Report on the lunatic asylums under the Government of Bombay - 1904-1913
Year: 1904
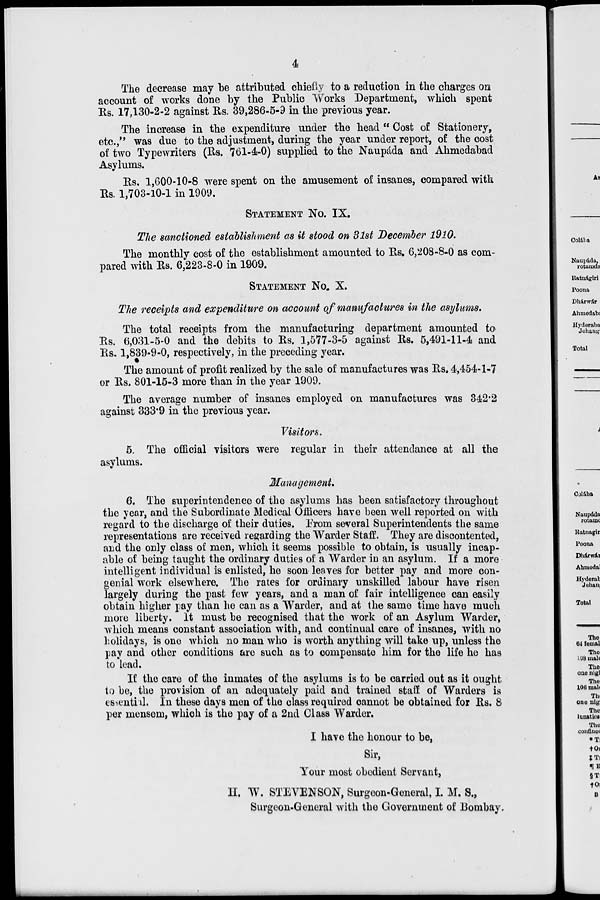
4
The decrease may be attributed chiefly to a reduction in the charges on
account of works done by the Public Works Department, which spent
Rs. 17,130-2-2 against Rs. 39,286-5-9 in the previous year.
The increase in the expenditure under the head " Cost of Stationery,
etc.," was due to the adjustment, during the year under report, of the cost
of two Typewriters (Rs. 761-4-0) supplied to the Naupáda and Ahmedabad
Asylums.
Rs. 1,600-10-8 were spent on the amusement of insanes, compared with
Rs. 1,703-10-1 in 1909.
STATEMENT NO. IX.
The sanctioned establishment as it stood on 31st December 1910.
The monthly cost of the establishment amounted to Rs, 6,208-8-0 as com-
pared with Rs. 6,223-8-0 in 1909.
STATEMENT NO. X.
The receipts and expenditure on account of manufactures in the asylums.
The total receipts from the manufacturing department amounted to
Rs. 6,031-5-0 and the debits to Rs. 1,577-3-5 against Rs. 5,491-11-4 and
Rs. 1,839-9-0, respectively, in the preceding year.
The amount of profit realized by the sale of manufactures was Rs. 4,454-1-7
or Rs. 801-15-3 more than in the year 1909.
The average number of insanes employed on manufactures was 342.2
against 333.9 in the previous year.
Visitors.
5. The official visitors were regular in their attendance at all the
asylums.
Management.
6. The superintendence of the asylums has been satisfactory throughout
the year, and the Subordinate Medical Officers have been well reported on with
regard to the discharge of their duties. From several Superintendents the same
representations are received regarding the Warder Staff. They are discontented,
and the only class of men, which it seems possible to obtain, is usually incap-
able of being taught the ordinary duties of a Warder in an asylum. If a more
intelligent individual is enlisted, he soon leaves for better pay and more con-
genial work elsewhere. The rates for ordinary unskilled labour have risen
largely during the past few years, and a man of fair intelligence can easily
obtain higher pay than he can as a Warder, and at the same time have much
more liberty. It must be recognised that the work of an Asylum Warder,
which means constant association with, and continual care of insanes, with no
holidays, is one which no man who is worth anything will take up, unless the
pay and other conditions are such as to compensate him for the life he has
to lead.
If the care of the inmates of the asylums is to be carried out as it ought
to be, the provision of an adequately paid and trained staff of Warders is
essential. In these days men of the class required cannot be obtained for Rs. 8
per mensem, which is the pay of a 2nd Class Warder.
I have the honour to be,
Sir,
Your most obedient Servant,
H. W. STEVENSON, Surgeon-General, I. M. S.,
Surgeon-General with the Government of Bombay.